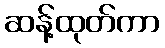
ဆန့်ထုတ်ကာ